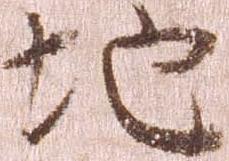
地